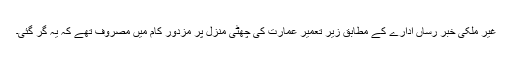
غیر ملکی خبر رساں ادارے کے مطابق زیر تعمیر عمارت کی چھٹی منزل پر مزدور کام میں مصروف تھے کہ یہ گر گئی۔